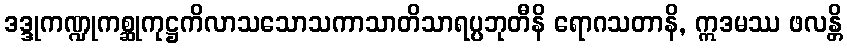
ဒဒ္ဒုကဏ္ဍုကစ္ဆုကုဋ္ဌကိလာသသောသကာသာတိသာရပ္ပဘုတီနိ ရောဂသတာနိ, ဣဒမဿ ဖလန္တိ